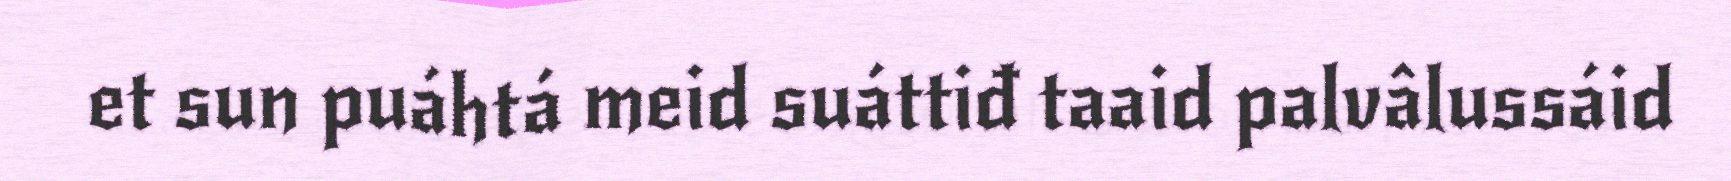
et sun puáhtá meid suáttiđ taaid palvâlussáid